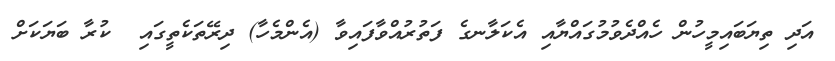
އަދި ތިޔަބައިމީހުން ހެއްދެވުމުގައްޔާއި އެކަލާނގެ ފަތުރުއްވާފައިވާ (އެންމެހާ) ދިރޭތަކެތީގައި  ކުރާ ބަޔަކަށް